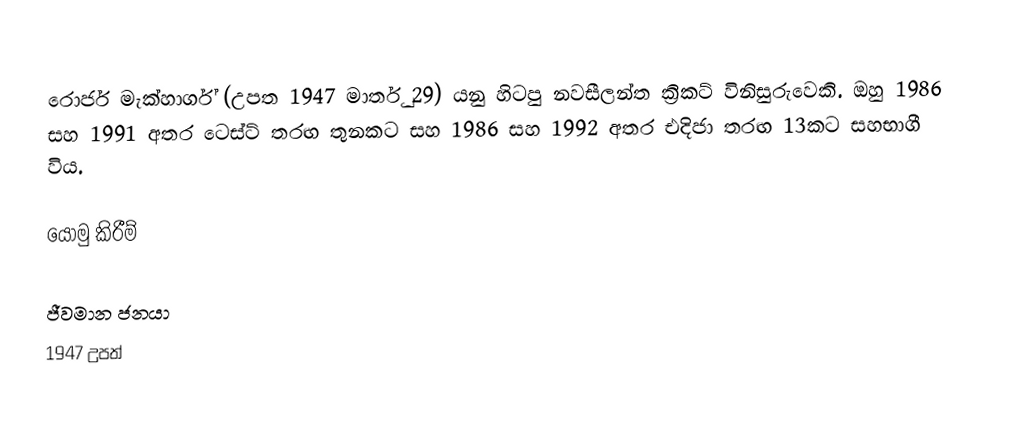
රොජර් මැක්හාර්ග් (උපත 1947 මාර්තු 29) යනු හිටපු නවසීලන්ත ක්‍රිකට් විනිසුරුවෙකි. ඔහු 1986 සහ 1991 අතර ටෙස්ට් තරඟ තුනකට සහ 1986 සහ 1992 අතර එදිජා තරඟ 13කට සහභාගී විය.

යොමු කිරීම්

ජීවමාන ජනයා
1947 උපත්